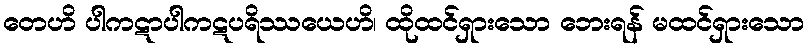
တေဟိ ပါကဋာပါကဋပရိဿယေဟိ၊ ထိုထင်ရှားသော ဘေးရန် မထင်ရှားသော